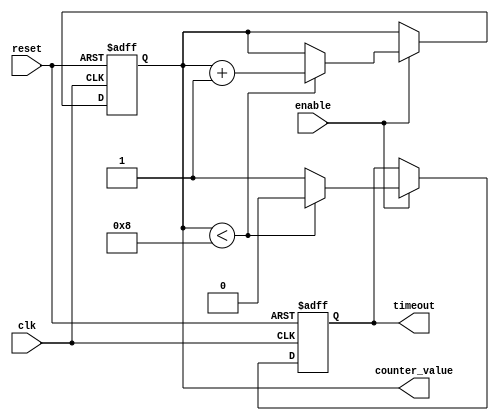
module MemoryBlocksTimeoutCounter #(
    parameter N = 8,               // Number of bits for the counter
    parameter TIMEOUT_THRESHOLD = 8 // Time-out threshold value
)(
    input wire clk,                // Clock signal
    input wire reset,              // Asynchronous reset signal
    input wire enable,             // Enable signal to start counting
    output reg timeout,            // Time-out signal
    output reg [N-1:0] counter_value // Current counter value
);

    // Always block for counter and timeout logic
    always @(posedge clk or posedge reset) begin
        if (reset) begin
            // Reset condition
            counter_value <= 0;
            timeout <= 0;
        end else if (enable) begin
            // Increment counter if enabled
            if (counter_value < TIMEOUT_THRESHOLD) begin
                counter_value <= counter_value + 1;
                timeout <= 0; // Keep timeout low while counting
            end else begin
                // Time-out condition
                timeout <= 1; // Assert timeout when threshold is reached
            end
        end
    end

    // Optional: Logic to handle timeout reset
    always @(posedge clk) begin
        if (timeout) begin
            // Optionally reset the counter after timeout
            // counter_value <= 0; // Uncomment if you want to reset after timeout
        end
    end

endmodule